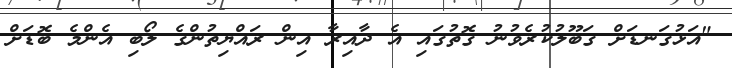
"އަޅުގަނޑަށް ގަބޫލުކުރެވުނު ގޮތުގައި އެ ދާއިރާ އިން ރައްޔިތުންގެ ލޯބި އެންމެ ބޮޑަށް